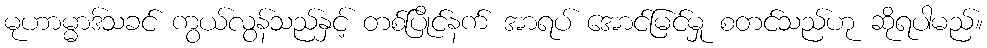
မုဟာမ္မာဒ်သခင် ကွယ်လွန်သည်နှင့် တစ်ပြိုင်နက် အာရပ် အောင်မြင်မှု စတင်သည်ဟု ဆိုရပါမည်။